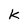
Character: k